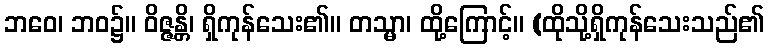
ဘဝေ၊ ဘဝ၌။ ဝိဇ္ဇန္တိ၊ ရှိကုန်သေး၏။ တသ္မာ၊ ထို့ကြောင့်။ (ထိုသို့ရှိကုန်သေးသည်၏